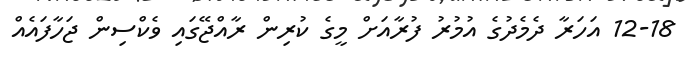
12-18 އަހަރާ ދެމެދުގެ އުމުރު ފުރާއަށް މީގެ ކުރިން ރާއްޖޭގައި ވެކްސިން ޖަހާފައެއް